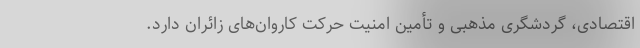
اقتصادی، گردشگری مذهبی و تأمین امنیت حرکت کاروان‌های زائران دارد.